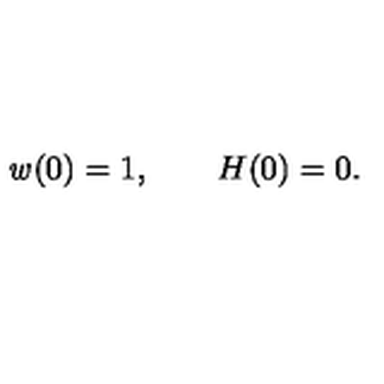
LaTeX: \ensuremath { \mathit { w } } ( 0 ) = 1 , \qquad H ( 0 ) = 0 .